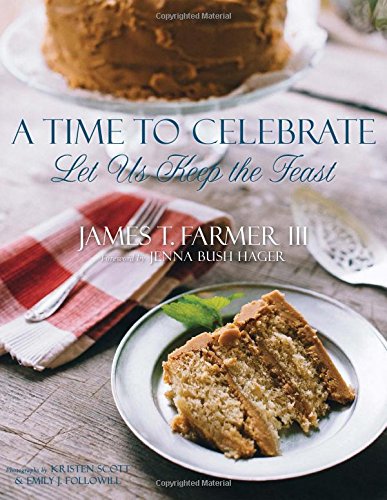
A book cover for A Time to Celebrate: Let Us Keep the Feast; James Farmer; Cookbooks, Food & Wine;